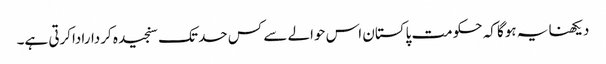
دیکھنا یہ ہوگا کہ حکومت پاکستان اس حوالے سے کس حد تک سنجیدہ کرداراداکرتی ہے۔